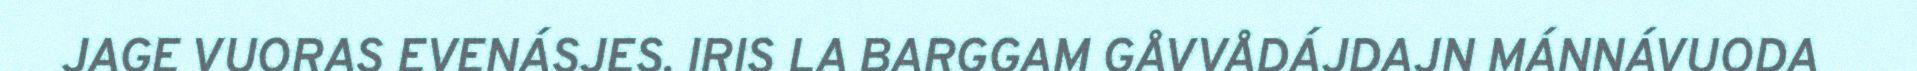
JAGE VUORAS EVENÁSJES. IRIS LA BARGGAM GÅVVÅDÁJDAJN MÁNNÁVUODA